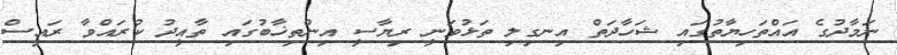
ނަމާދުގެ އައްތަހިޔާތުގައި ޝަހާދަތް އިނގިލި ތަޅުވަނީ ރިޔާސީ އިންތިޚާބުގައި ތާއީދު ކުރައްވާ ރައީސް